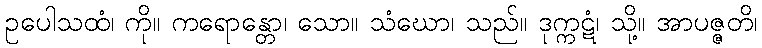
ဥပေါသထံ၊ ကို။ ကရောန္တော၊ သော။ သံဃော၊ သည်။ ဒုက္ကဋံ၊ သို့။ အာပဇ္ဇတိ၊